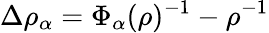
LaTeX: \Delta\rho_{\alpha}=\Phi_{\alpha}(\rho)^{-1}-\rho^{-1}